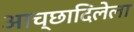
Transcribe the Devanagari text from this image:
आच्छादिलेला